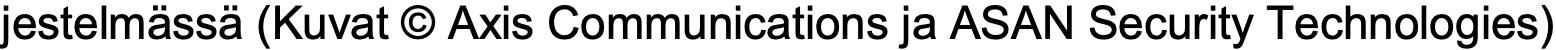
jestelmässä (Kuvat © Axis Communications ja ASAN Security Technologies)